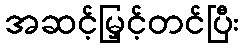
အဆင့်မြှင့်တင်ပြီး